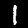
Label: 1